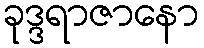
ခုဒ္ဒရာဇာနော